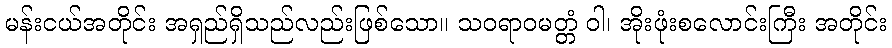
မန်းငယ်အတိုင်း အရှည်ရှိသည်လည်းဖြစ်သော။ သဝရာဝမတ္တံ ဝါ၊ အိုးဖုံးစလောင်းကြီး အတိုင်း